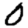
Digit: 0